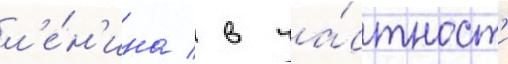
л'е́н'ина / в ча́стност'и